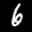
Label: 6